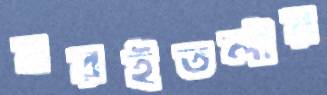
বরইতলীর